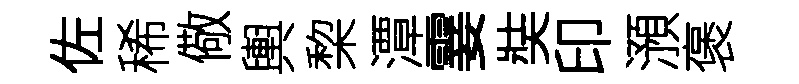
佐稀儆輿棃潭霎奘印澦褒